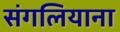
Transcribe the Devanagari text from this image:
संगलियाना